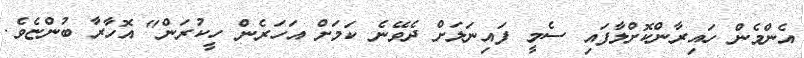
އެންމެން ހައިރާންކޮށްލާފައި ސެމީ ފައިނަލަށް ދެވޭނެ ކަމަށް އަހަރެން ހީކުރަން" އޮހާރާ ބުންޏެވެ.